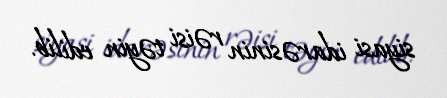
siyasi idarəsinin rəisi təyin edilib.